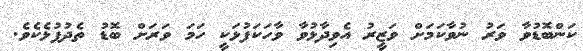
ކަންބޮޑުވާ ވަރު ނުވާކަމަށް ވަޒީރު އެވިދާޅުވާ ވާހަކަފުޅަކީ ހަމަ ވަރަށް ބޮޑު ތެދުފުޅެކެވެ.